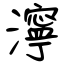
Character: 濘